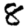
Digit: 8